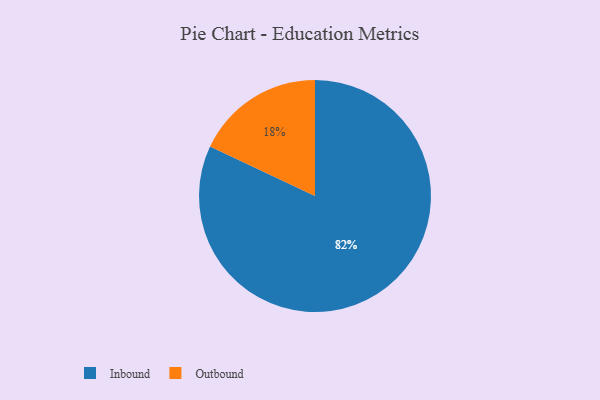
{"axis": {"x": "Category", "y": "Percentage"}, "legend": ["Inbound", "Outbound"], "data": [{"x": "Outbound", "y": 18, "type": "Outbound"}, {"x": "Inbound", "y": 82, "type": "Inbound"}]}